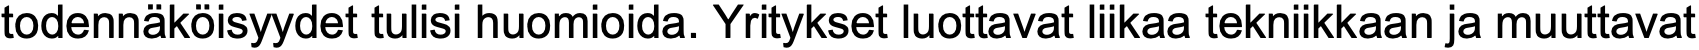
todennäköisyydet tulisi huomioida. Yritykset luottavat liikaa tekniikkaan ja muuttavat